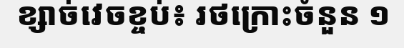
ខ្សាច់វេចខ្ចប់៖ រថក្រោះចំនួន ១